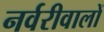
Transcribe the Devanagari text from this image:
नर्वरीवालों